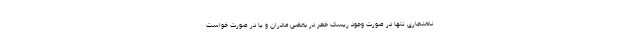
ناهنجاری تنها در صورت وجود ریسک خطر در بعضی مادران و یا در صورت خواست